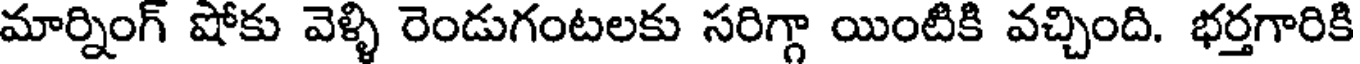
మార్నింగ్ షోకు వెళ్ళి రెండుగంటలకు సరిగ్గా యింటికి వచ్చింది. భర్తగారికి